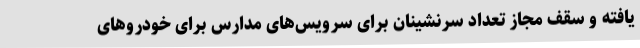
یافته و سقف مجاز تعداد سرنشینان برای سرویس‌های مدارس برای خودروهای